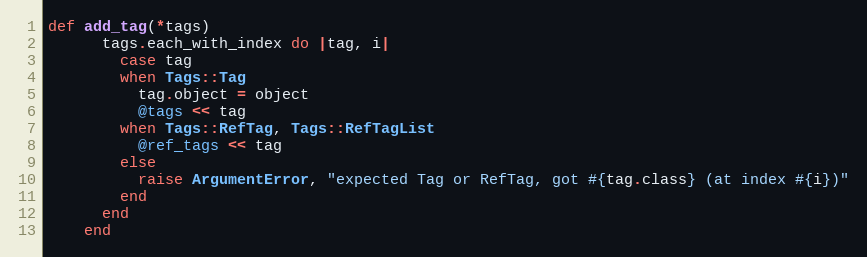
Language: Ruby
def add_tag(*tags)
      tags.each_with_index do |tag, i|
        case tag
        when Tags::Tag
          tag.object = object
          @tags << tag
        when Tags::RefTag, Tags::RefTagList
          @ref_tags << tag
        else
          raise ArgumentError, "expected Tag or RefTag, got #{tag.class} (at index #{i})"
        end
      end
    end